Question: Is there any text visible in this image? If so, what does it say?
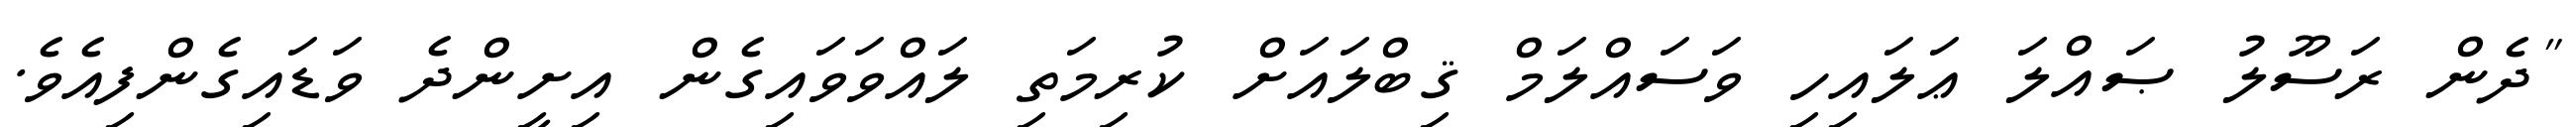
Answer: "ދެން ރަސޫލު ޞައްލަ ޢަލައިހި ވަސައްލަމް ޤިބްލައަށް ކުރިމަތި ލައްވަވައިގެން އިށީންދެ ވަޑައިގެންފިއެވެ.